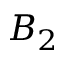
B _ { 2 }